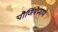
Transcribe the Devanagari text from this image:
पौर्णिमेप्रमाणे